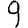
Digit: 9